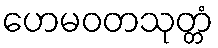
ဟေမဝတသုတ္တံ